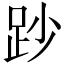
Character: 䟞